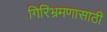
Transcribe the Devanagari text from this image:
गिरिभ्रमणासाठी